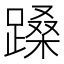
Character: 𬧉